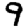
Digit: 9